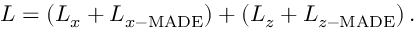
L = \left( L _ { x } + L _ { x - \mathrm { M A D E } } \right) + \left( L _ { z } + L _ { z - \mathrm { M A D E } } \right) .